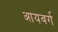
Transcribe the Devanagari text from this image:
आयवर्ग